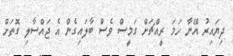
ދިޔައިރު އޭނާ ހަމަ ރީއްޗަށް ގަމީސް ވެސް ބާލައިގެން އެ ޖައްސާލި ގޮތަށް